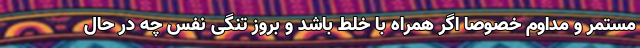
مستمر و مداوم خصوصا اگر همراه با خلط باشد و بروز تنگی نفس چه در حال